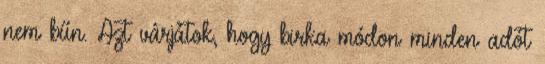
nem bűn. Azt várjátok, hogy birka módon minden adót